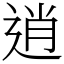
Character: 逍